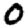
Digit: 0